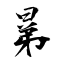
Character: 晜